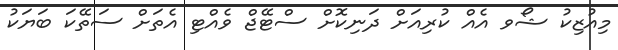
މިއުޒިކު ޝޯވ އެއް ކުރިއަށް ދަނިކޮށް ސްޓޭޖް ވެއްޓި އެތަށް ސަތޭކަ ބަޔަކު